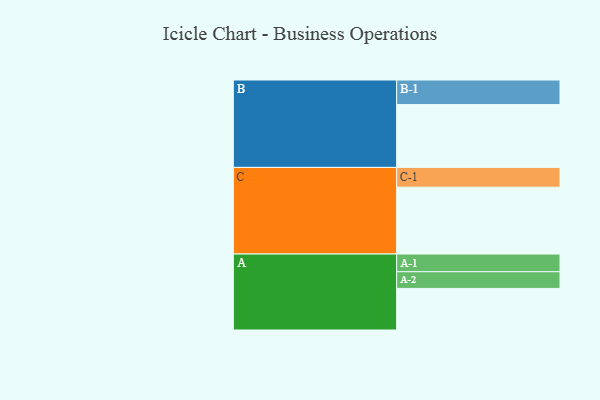
{"axis": {"x": "Segment", "y": "Value"}, "legend": ["", "A", "B", "C"], "data": [{"x": "A", "y": 364, "type": ""}, {"x": "B", "y": 550, "type": ""}, {"x": "C", "y": 585, "type": ""}, {"x": "A-1", "y": 155, "type": "A"}, {"x": "A-2", "y": 146, "type": "A"}, {"x": "B-1", "y": 215, "type": "B"}, {"x": "C-1", "y": 173, "type": "C"}]}